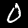
Label: 0